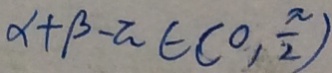
\alpha + \beta - \pi \in ( 0 , \frac { \pi } { 2 } )